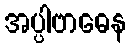
အပ္ပါဗာဓေန